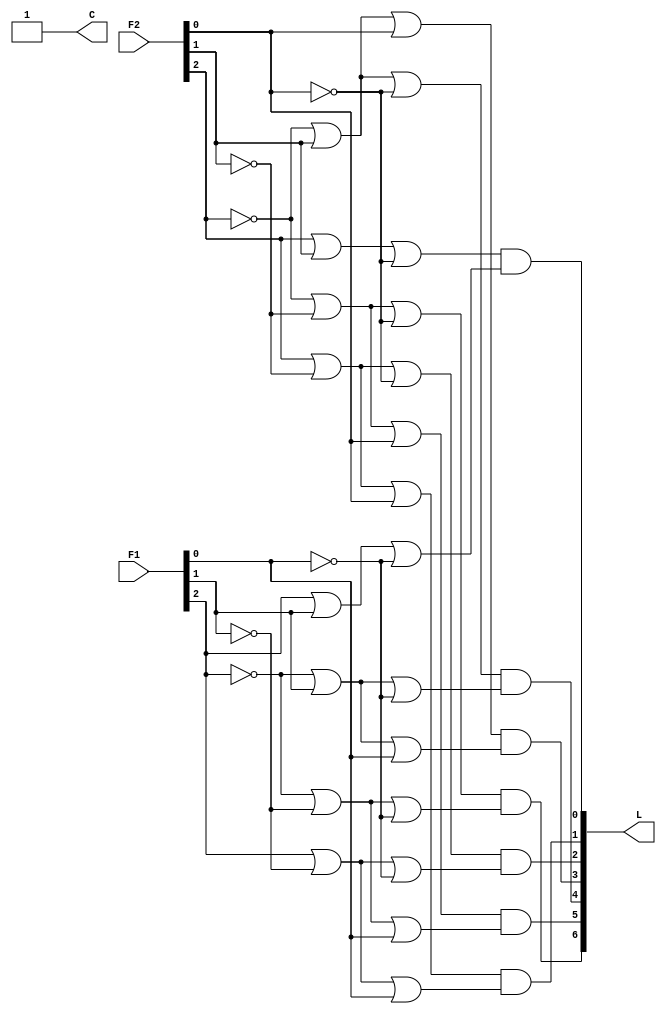
//DECODIFICADOR DA MATRIZ DE LEDS

module matrix_decoder(L, C, F1, F2);

	input [2:0]F1;
	input [2:0]F2;
	output [6:0]L;
	output C;
	wire not_F10, not_F11, not_F12;
	wire not_F20, not_F21, not_F22;

	not Inv0(not_F10, F1[0]);
	not Inv1(not_F11, F1[1]);
	not Inv2(not_F12, F1[2]);
	not Inv3(not_F20, F2[0]);
	not Inv4(not_F21, F2[1]);
	not Inv5(not_F22, F2[2]);

	//For C output
	and And0(C, 1'b1, 1'b1);

	//For L[0] output
	or Or0(T1, F2[2], F2[1], not_F20);
	or Or1(T2, F1[2], F1[1], not_F10);
	and And1(L[0], T1, T2);
	
	//For L[1] output
	or Or2(H1, F2[2], not_F21, F2[0]);
	or Or3(H2, F1[2], not_F11, F1[0]);
	and And2(L[1], H1, H2);

	//For L[2] output
	or Or4(G1, F2[2], not_F21, not_F20);
	or Or5(G2, F1[2], not_F11, not_F10);
	and And3(L[2], G1, G2);

	//For L[3] output
	or Or6(W1, not_F22, F2[1], F2[0]);
	or Or7(W2, not_F12, F1[1], F1[0]);
	and And4(L[3], W1, W2);

	//For L[4] output
	or Or8(J1, not_F22, F2[1], not_F20);
	or Or9(J2, not_F12, F1[1], not_F10);
	and And5(L[4], J1, J2);

	//For L[5] output
	or Or10(D1, not_F22, not_F21, F2[0]);
	or Or11(D2, not_F12, not_F11, F1[0]);
	and And6(L[5], D1, D2);

	//For L[6] output
	or Or12(U1, not_F22, not_F21, not_F20);
	or Or13(U2, not_F12, not_F11, not_F10);
	and And7(L[6], U1, U2);

endmodule